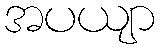
အပယျာ